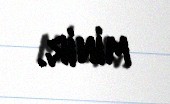
minir.